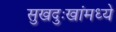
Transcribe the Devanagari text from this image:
सुखदुःखांमध्ये